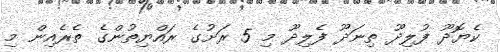
ކެޔޮދޫ ފުލިދޫ ތިނަދޫ ފެލިދޫ މި 5 ރަށުގެ ރައްޔިތުންގެ ތެރެއިން މި